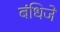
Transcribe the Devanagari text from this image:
बंधिजे